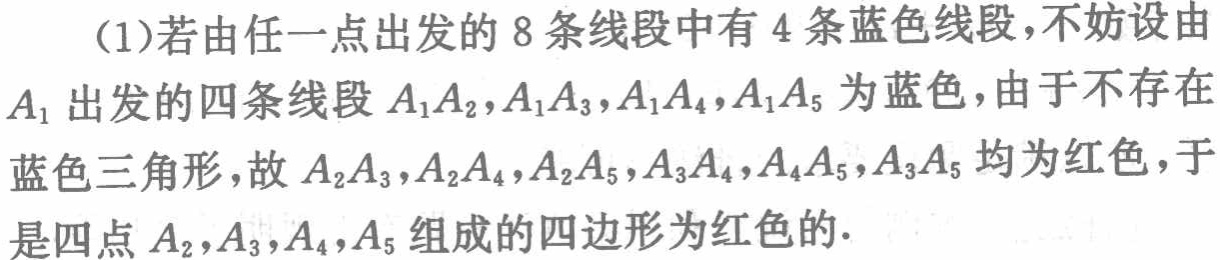
（1）若由任一点出发的8条线段中有4条蓝色线段，不妨设由$A_1$出发的四条线段$A_1A_2,A_1A_3,A_1A_4,A_1A_5$为蓝色，由于不存在蓝色三角形，故$A_2A_3,A_2A_4,A_2A_5,A_3A_4,A_4A_5,A_3A_5$均为红色，于是四点$A_2,A_3,A_4,A_5$组成的四边形为红色的.